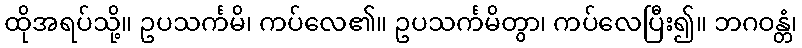
ထိုအရပ်သို့။ ဥပသင်္ကမိ၊ ကပ်လေ၏။ ဥပသင်္ကမိတွာ၊ ကပ်လေပြီး၍။ ဘဂဝန္တံ၊